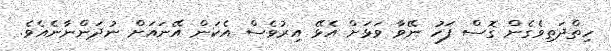
ހިތްދަތިވެގެން ގޮސް ފަހު ނޭވާ ވަޅަށް އެޅޭ އިރުވެސް އެކަން އޭނައަށް ނުދަންނާނެއެވެ.